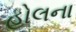
હોલના